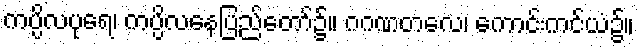
ကပ္ပိလပုရေ၊ ကပ္ပိလနေပြည်တော်၌။ ဂဂဏတလေ၊ ကောင်းကင်ယံ၌။